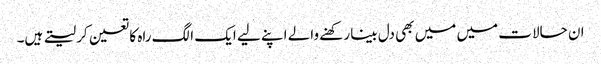
ان حالات میں میں بھی دل بینا رکھنے والے اپنے لیے ایک الگ راہ کا تعین کر لیتے ہیں۔